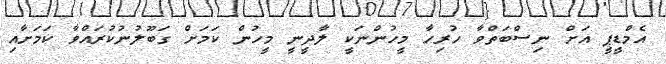
އެމްޑީޕީ އަށް ނިސްބަތްވާ ހުރިހާ މީހުންނަކީ ލާދީނީ މީހުން ކަމަށް ގަބޫލުނުކުރައްވާ ކަމަށާއި